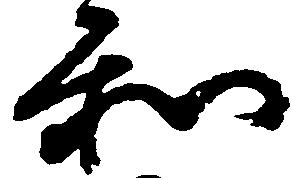
和